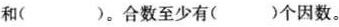
和（）。合数至少有（）个因数。